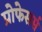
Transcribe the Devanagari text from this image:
प्रोफेसर्स